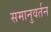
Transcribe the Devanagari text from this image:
समानुवर्तन